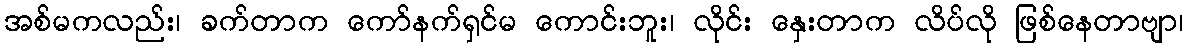
အစ်မကလည်း၊ ခက်တာက ကော်နက်ရှင်မ ကောင်းဘူး၊ လိုင်း နှေးတာက လိပ်လို ဖြစ်နေတာဗျာ၊